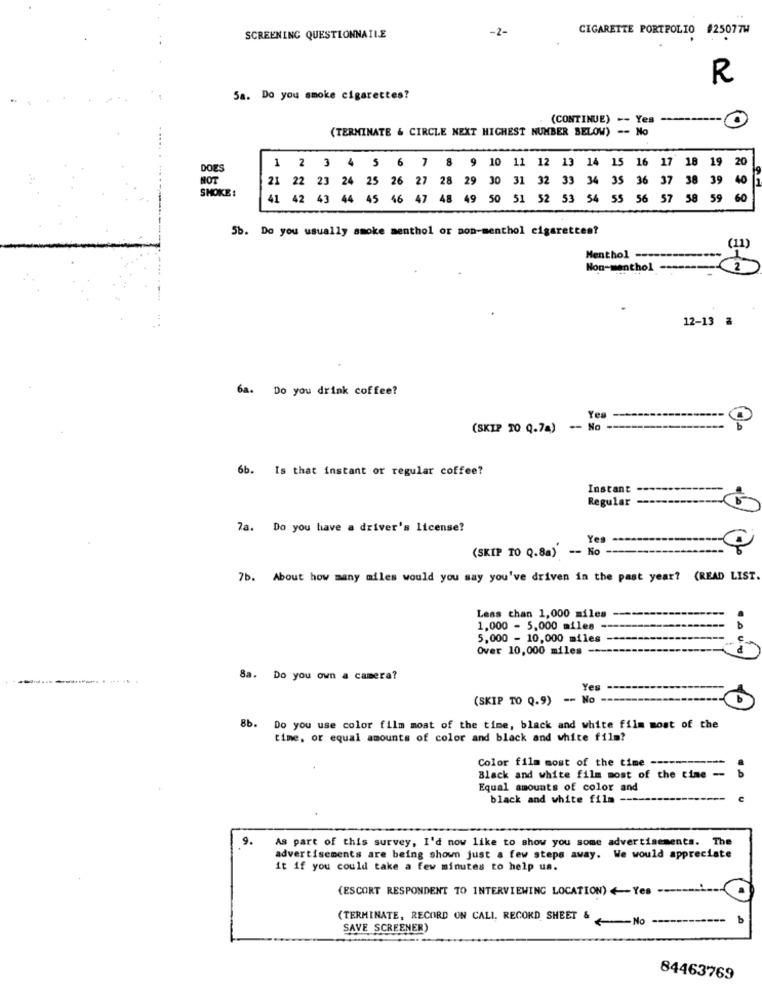
-2-
CIGARETTE PORTFOLIO #25077W
SCREENING QUESTIONNAILE
R
5a. Do you smoke cigarettes?
(CONTINUE) -- Yes -0
(TERMINATE & CIRCLE NEXT HIGHEST NUMBER BELOW) -- No
1 2 3 4 5 6 7 8 9 10 11 12 13 14 15 16 17 18 19 20
DOES
NOT
21 22 23 24 25 26 27 28 29 30 31 32 33 34 35 36 37 38 39 40
SMOKE :
41 42 43 44 45 46 47 48 49 50 51 52 53 54 55 56 57 58 59 60
5b. Do you usually smoke menthol or non-menthol cigarettes?
(11)
Menthol --------
Non-menthol ------
12-13 ª
6a. Do you drink coffee?
Yea
(SKIP TO Q.74)
6b. Is that instant or regular coffee?
Instant
Regular
78. Do you have a driver's license?
Yes
(SKIP TO Q.8a) -- Ko
7b. About how many miles would you say you've driven in the past year? (READ LIST.
Less than 1,000 miles
1,000 - 5,000 miles -
5,000 - 10,000 miles
Over 10,000 miles ----
8a. Do you own a camera?
Yes
(SKIP TO Q.9) -- No -
Bb. Do you use color film most of the time, black and white film most of the
time, or equal amounts of color and black and white film?
Color film most of the time ---
Black and white film most of the time --
Equal amounts of color and
black and white film --
9.
As part of this survey, I'd now like to show you some advertisements. The
advertisements are being shown just a few steps away. We would appreciate
it if you could take a few minutes to help us.
(ESCORT RESPONDENT TO INTERVIEWING LOCATION) <- Yes -
(TERMINATE, RECORD ON CALL RECORD SHEET & No --
----
b
SAVE SCREENER)
84463769